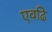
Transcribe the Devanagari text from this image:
एवढि